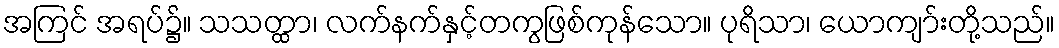
အကြင် အရပ်၌။ သသတ္ထာ၊ လက်နက်နှင့်တကွဖြစ်ကုန်သော။ ပုရိသာ၊ ယောကျာ်းတို့သည်။